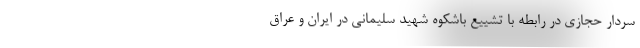
سردار حجازی در رابطه با تشییع باشکوه شهید سلیمانی در ایران و عراق